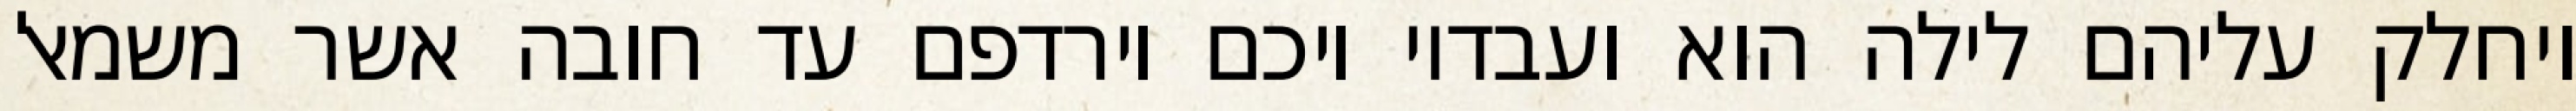
ויחלק עליהם לילה הוא ועבדיו ויכם וירדפם עד חובה אשר משמאל